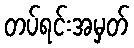
တပ်ရင်းအမှတ်